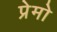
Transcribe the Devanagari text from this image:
प्रेमो